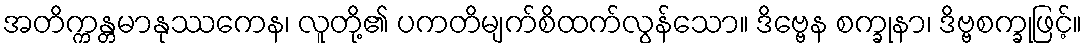
အတိက္ကန္တမာနုဿကေန၊ လူတို့၏ ပကတိမျက်စိထက်လွန်သော။ ဒိဗ္ဗေန စက္ခုနာ၊ ဒိဗ္ဗစက္ခုဖြင့်။